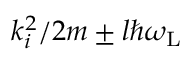
k _ { i } ^ { 2 } / 2 m \pm l \hbar \omega _ { \mathrm { L } }